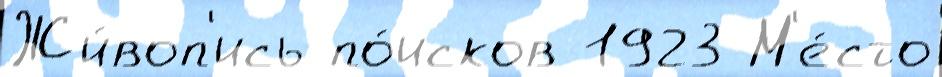
Жи́воп'ись по́исков 1923 М'е́сто